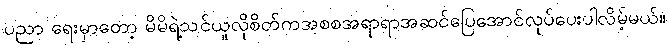
ပညာ ရေးမှာတော့ မိမိရဲ့သင်ယူလိုစိတ်ကအစစအရာရာအဆင်ပြေအောင်လုပ်ပေးပါလိမ့်မယ်။